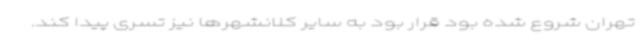
تهران شروع شده بود قرار بود به سایر کلانشهرها نیز تسری پیدا کند.